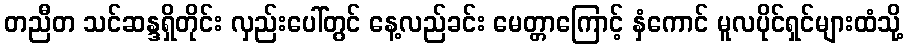
တညီတ သင်ဆန္ဒရှိတိုင်း လှည်းပေါ်တွင် နေ့လည်ခင်း မေတ္တာကြောင့် နှံကောင် မူလပိုင်ရှင်များထံသို့